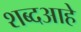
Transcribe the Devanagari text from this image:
शब्दआहे